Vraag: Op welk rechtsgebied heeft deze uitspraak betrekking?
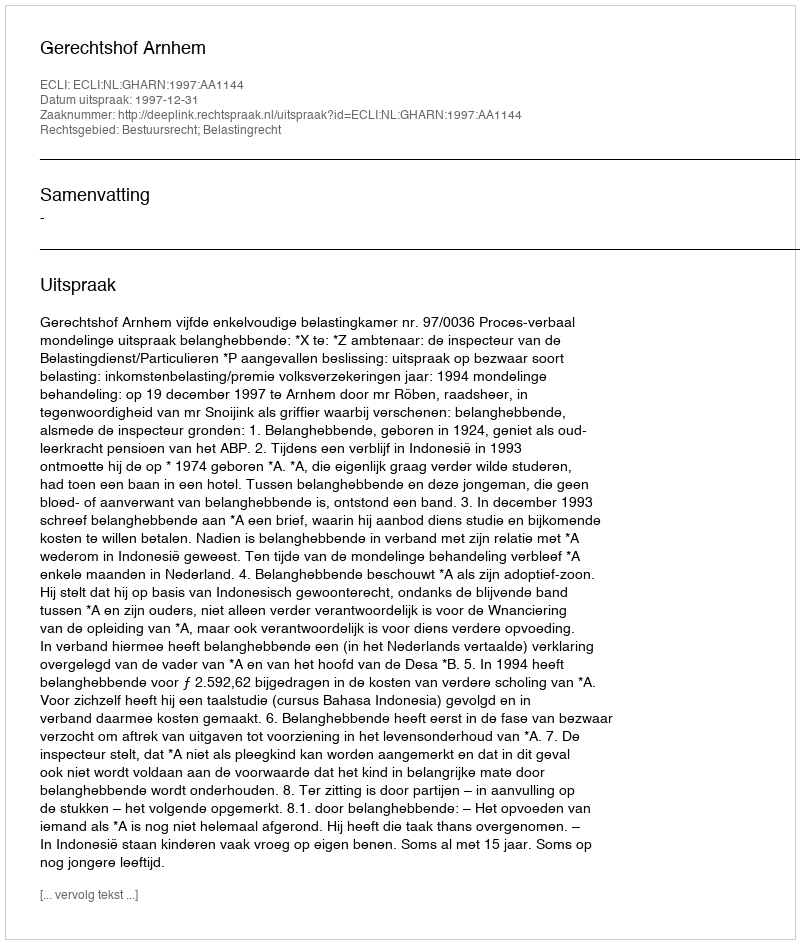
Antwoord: Bestuursrecht; Belastingrecht